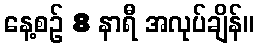
နေ့စဉ် 8 နာရီ အလုပ်ချိန်။